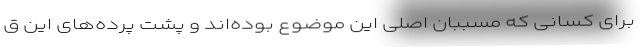
برای کسانی که مسببان اصلی این موضوع بوده‌اند و پشت پرده‌های این ق